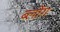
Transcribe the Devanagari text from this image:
ब्लोंग